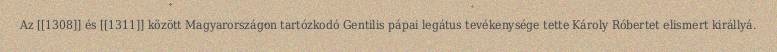
Az [[1308]] és [[1311]] között Magyarországon tartózkodó Gentilis pápai legátus tevékenysége tette Károly Róbertet elismert királlyá.